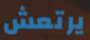
يرتعش